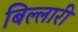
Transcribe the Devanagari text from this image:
बिल्लारी